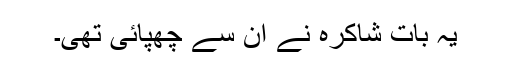
یہ بات شاکرہ نے اُن سے چھپائی تھی۔